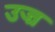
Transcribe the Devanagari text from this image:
उज्र